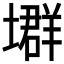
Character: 𡑱